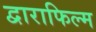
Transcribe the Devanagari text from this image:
द्वाराफिल्म